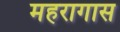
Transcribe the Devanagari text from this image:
महरागास